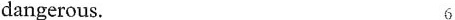
dangerous. 6